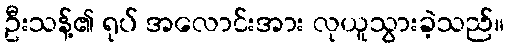
ဦးသန့်၏ ရုပ် အလောင်းအား လုယူသွားခဲ့သည်။